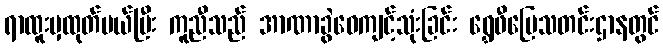
ရာထူးမှထုတ်ပယ်ပြီး ကူညီသည် အာဏာခွဲဝေကျင့်သုံးခြင်း ရွှေဖီမြေသတင်းဌာနတွင်